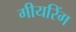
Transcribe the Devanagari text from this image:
गीयरिंग